Report on vaccination proceedings throughout the Government of Bengal -
Year: 1868
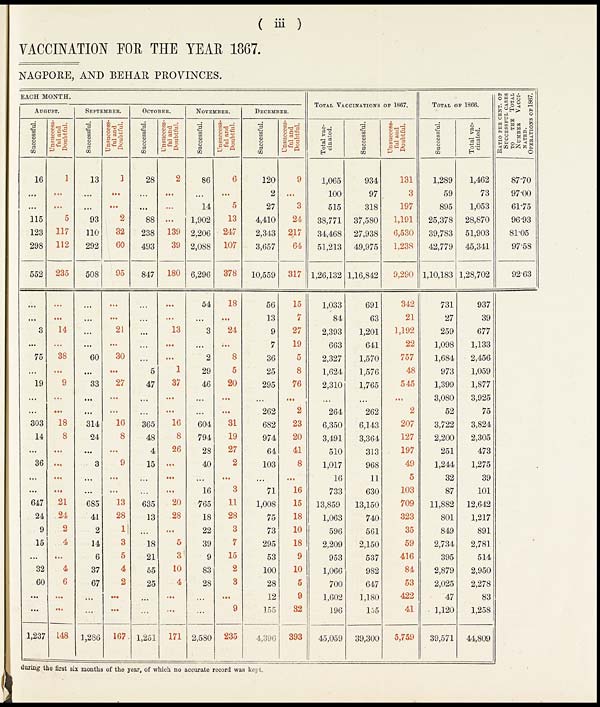
(iii)
VACCINATION FOR THE YEAR 1867.
NAGPORE, AND BEHAR PROVINCES.
EACH MONTH.
AUGUST.
Successful.
16
...
...
115
123
298
552
...
...
3
...
75
...
19
...
...
303
14
...
36
...
...
647
24
9
15
...
32
60
...
...
1,237
Unsuccess-
ful and
Doubtful.
1
...
...
5
117
112
235
...
...
14
...
38
...
9
...
...
18
8
...
...
...
...
21
.24
2
4
...
4
6
...
...
148
SEPTEMBER.
Successful.
13
...
...
93
110
292
508
...
...
...
...
60
...
33
...
...
314
24
...
3
...
...
685
41
2
14
6
37
67
...
...
1,286
Unsuccess-
ful and
Doubtful.
1
...
...
2
32
60
95
...
...
21
...
30
...
27
...
...
16
8
...
9
...
...
13
28
1
3
5
4
2
...
...
167
OCTOBER.
Successful.
28
...
...
88
238
493
847
...
...
...
...
...
5
47
...
...
365
48
4
15
...
...
635
13
...
18
21
55
25
...
...
1,251
Unsuccess-
ful and
Doubtful.
2
...
...
...
139
39
180
...
...
13
...
...
1
37
...
...
16
8
26
...
...
...
20
28
...
5
3
10
4
...
...
171
NOVEMBER.
Successful.
86
...
14
1,902
2,206
2,088
6,296
54
...
3
...
2
29
46
...
...
604
794
28
40
...
16
765
18
22
39
9
83
28
...
...
2,580
Unsuccess-
ful and
Doubtful.
6
...
5
13
247
107
378
18
...
24
...
8
5
20
...
...
31
19
27
2
...
3
11
28
3
7
15
2
3
...
9
235
DECEMBER.
Successful.
120
2
27
4,410
2,343
3,657
10,559
56
13
9
7
36
25
295
...
262
682
974
64
103
...
71
1,008
75
73
295
53
100
28
12
155
4,396
Unsuccess-
ful and
Doubtful.
9
...
3
24
217
64
317
15
7
27
19
5
8
76
...
2
23
20
41
8
...
16
15
18
10
18
9
10
5
9
32
393
TOTAL VACCINATIONS OF 1867.
Total vac-
cinated.
1,065
100
515
38,771
34,468
51,213
1,26,132
1,033
84
2,393
663
2,327
1,624
2,310
...
264
6,350
3,491
510
1,017
16
733
13,859
1,063
596
2,209
953
1,066
700
1,602
196
45,059
Successful.
934
97
318
37,580
27,938
49,975
1,16,842
691
63
1,201
641
1,570
1,576
1,765
...
262
6,143
3,364
313
968
11
630
13,150
740
561
2,150
537
982
647
1,180
155
39,300
Unsuccess-
ful and
Doubtful.
131
3
197
1,191
6,530
1,238
9,290
342
21
1,192
22
757
48
545
...
2
207
127
197
49
5
103
709
323
35
59
416
84
53
422
41
5,759
TOTAL OF 1866.
Successful.
1,289
59
895
25,378
39,783
42,779
1,10,183
731
27
259
1,098
1,684
973
1,399
3,080
52
3,722
2,200
251
1,244
32
87
11,882
801
849
2,734
395
2,879
2,025
47
1,120
39,571
Total vac-
cinated.
1,462
73
1,053
28,870
51,903
45,341
1,28,702
937
39
677
1,133
2,456
1,059
1,877
3,925
75
3,824
2,305
473
1,275
39
101
12,642
1,217
891
2,781
514
2,950
2,278
83
1,258
44,809
RATIO PERCENT. OF
SUCCESSFUL CASES
TO
THE TOTAL
NUMBER VACCI-
-----.
OPERATIONS OF 1867.
87.70
97.00
61.75
96.93
81.05
97.58
92.63
during the first six months of the year, of which no accurate record was kept.